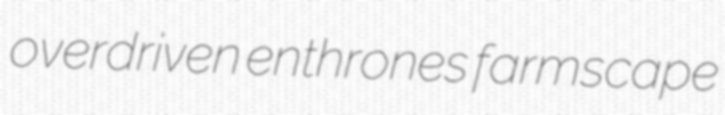
overdriven enthrones farmscape